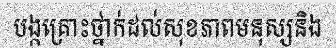
បង្កគ្រោះថ្នាក់ដល់សុខភាពមនុស្សនិង